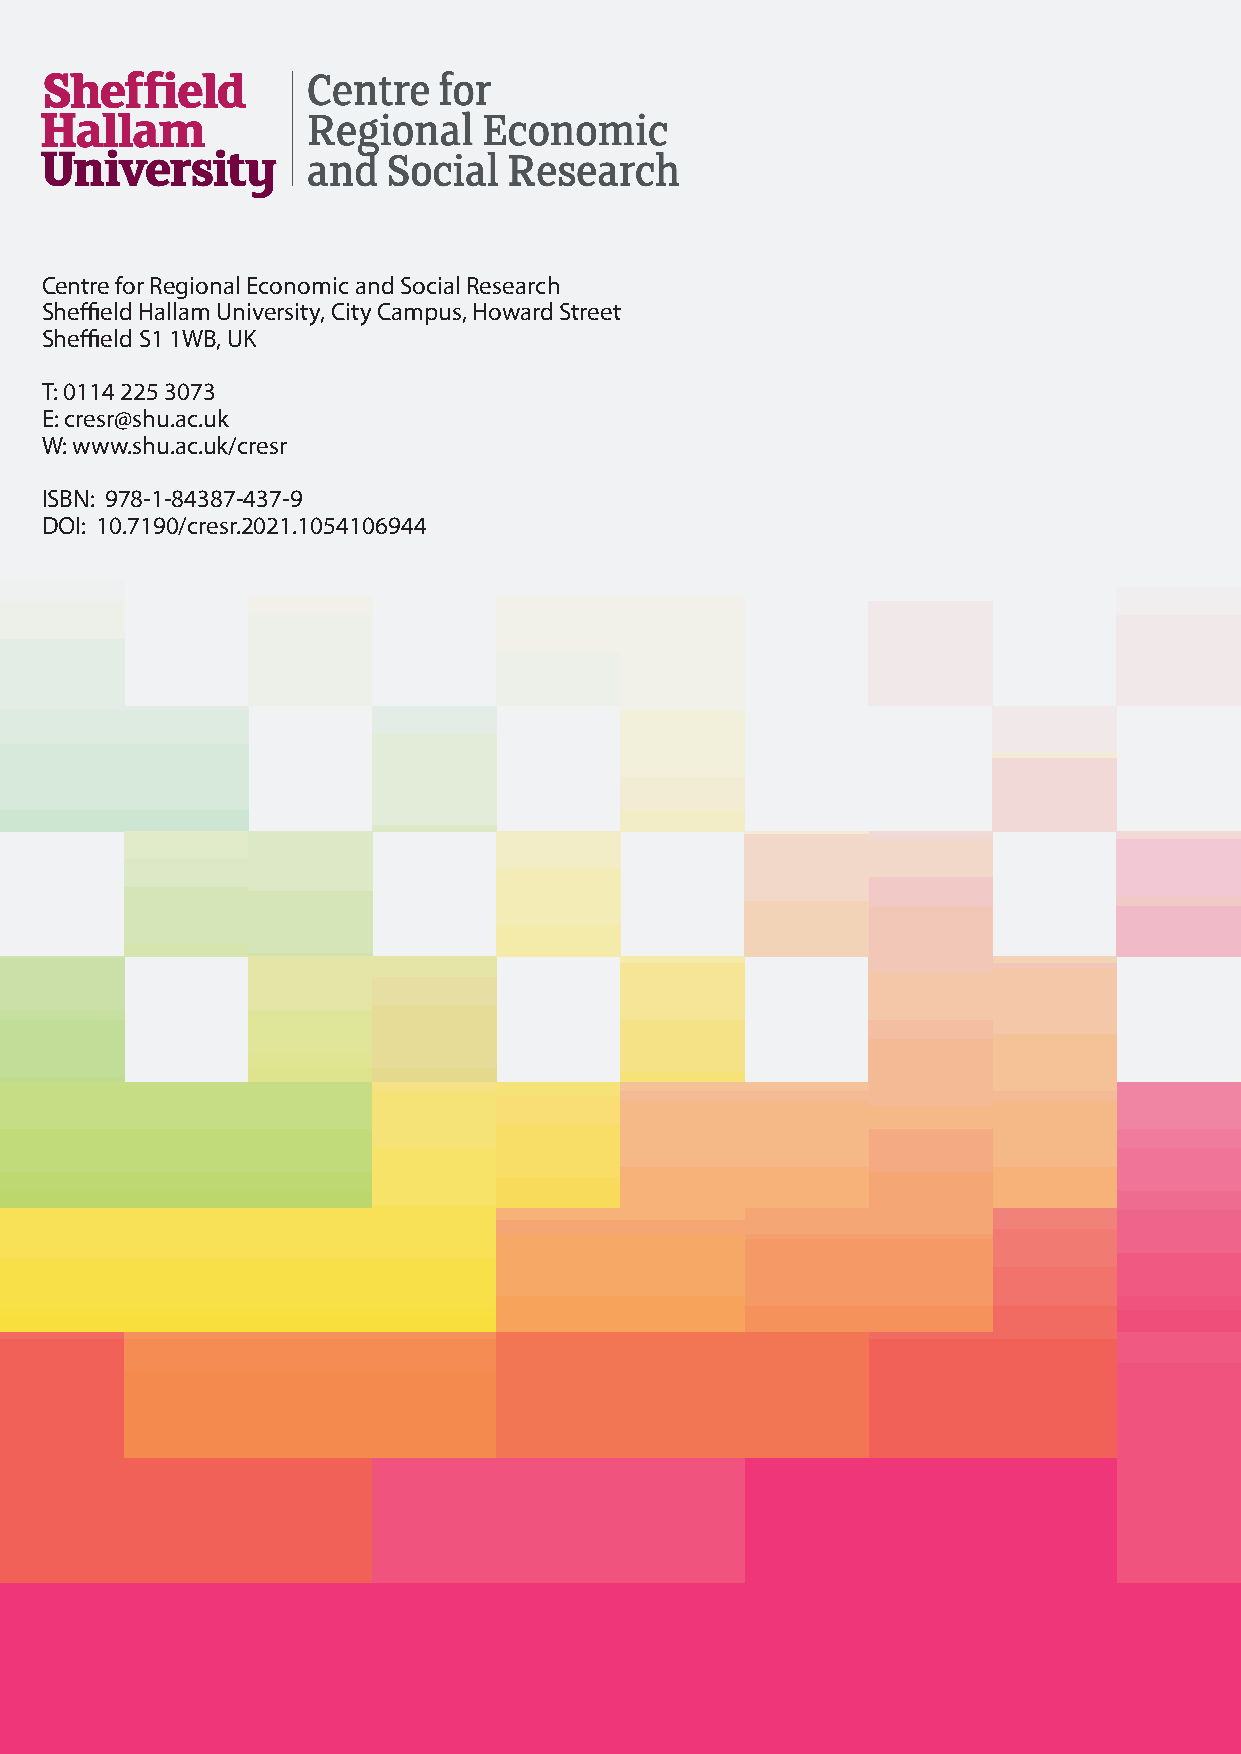
Centre for Regional Economic and Social Research
 Sheffield Hallam University, City Campus, Howard Street
 Sheffield S1 1WB, UK
 T: 0114 225 3073
 E: cresr@shu.ac.uk
 W: www.shu.ac.uk/cresr
 ISBN: 978-1-84387-437-9
 DOI: 10.7190/cresr.2021.1054106944